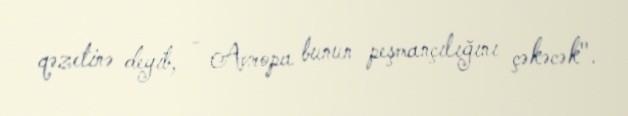
qəzetinə deyib, - Avropa bunun peşmançılığını çəkəcək".